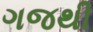
ગજથી